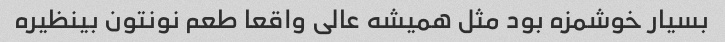
بسیار خوشمزه بود مثل همیشه عالی واقعا طعم نونتون بینظیره